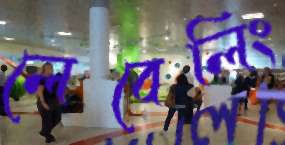
লেবেলিং